Black-water fever - Number 35
Disease focus: Fever
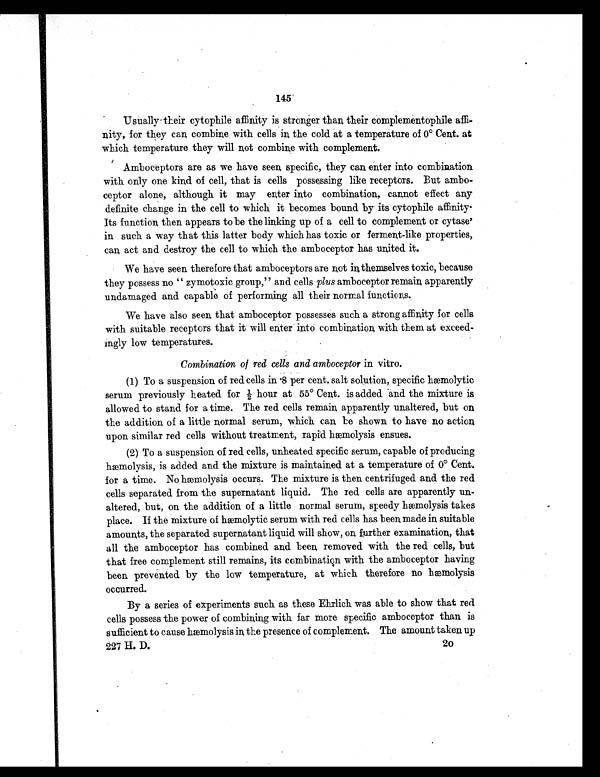
145
Usually their cytophile affinity is stronger than their complementophile affi-
nity, for they can combine with cells in the cold at a temperature of 0° Cent. at
which temperature they will not combine with complement.
Amboceptors are as we have seen specific, they can enter into combination
with only one kind of cell, that is cells possessing like receptors. But ambo-
ceptor alone, although it may enter into combination, cannot effect any
definite change in the cell to which it becomes bound by its cytophile affinity
Its function then appears to be the linking up of a cell to complement or cytase'
in such a way that this latter body which has toxic or ferment-like properties,
can act and destroy the cell to which the amboceptor has united it.
We have seen therefore that amboceptors are not in themselves toxic, because
they possess no " zymotoxic group," and cells plus amboceptor remain apparently
undamaged and capable of performing all their normal functions.
We have also seen that amboceptor possesses such a strong affinity for cells
with suitable receptors that it will enter into combination with them at exceed-
ingly low temperatures.
Combination of red cells and amboceptor in vitro.
(1) To a suspension of red cells in .8 per cent. salt solution, specific hæmolytic
serum previously heated for ½ hour at 55° Cent. is added and the mixture is
allowed to stand for a time. The red cells remain apparently unaltered, but on
the addition of a little normal serum, which can be shown to have no action
upon similar red cells without treatment, rapid hæmolysis ensues.
(2) To a suspension of red cells, unheated specific serum, capable of producing
hæmolysis, is added and the mixture is maintained at a temperature of 0° Cent.
for a time. No hæmolysis occurs. The mixture is then centrifuged and the red
cells separated from the supernatant liquid. The red cells are apparently un-
altered, but, on the addition of a little normal serum, speedy hæmolysis takes
place. If the mixture of haemolytic serum with red cells has been made in suitable
amounts, the separated supernatant liquid will show, on further examination, that
all the amboceptor has combined and been removed with the red cells, but
that free complement still remains, its combination with the amboceptor having
been prevented by the low temperature, at which therefore no hæmolysis
occurred.
By a series of experiments such as these Ehrlich was able to show that red
cells possess the power of combining with far more specific amboceptor than is
sufficient to cause hæmolysis in the presence of complement. The amount taken up
227 H. D.
20